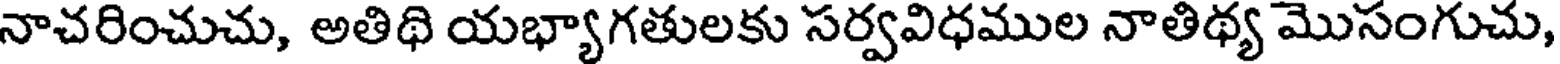
నాచరించుచు, అతిథి యభ్యాగతులకు సర్వవిధముల నాతిథ్య మొసంగుచు,